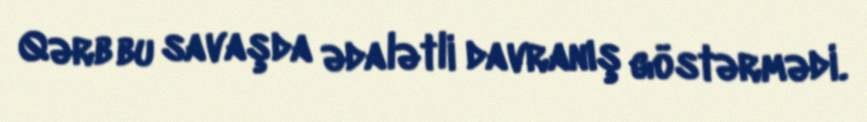
Qərb bu savaşda ədalətli davranış göstərmədi.